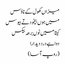
میزاں کھول کے ناؤس
میں ہوں بیخود تے بیوس
کیتا میں نوں برھہ بیکس
دوا ہے درد دیدارا
(روپ آسا)